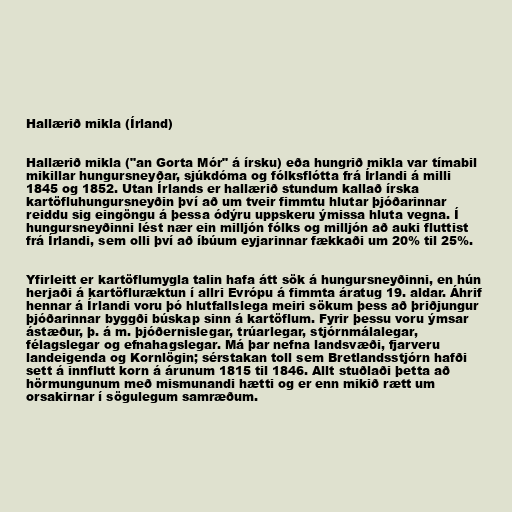
Hallærið mikla (Írland)

Hallærið mikla ("an Gorta Mór" á írsku) eða hungrið mikla var tímabil
mikillar hungursneyðar, sjúkdóma og fólksflótta frá Írlandi á milli
1845 og 1852. Utan Írlands er hallærið stundum kallað írska
kartöfluhungursneyðin því að um tveir fimmtu hlutar þjóðarinnar
reiddu sig eingöngu á þessa ódýru uppskeru ýmissa hluta vegna. Í
hungursneyðinni lést nær ein milljón fólks og milljón að auki fluttist
frá Írlandi, sem olli því að íbúum eyjarinnar fækkaði um 20% til 25%.

Yfirleitt er kartöflumygla talin hafa átt sök á hungursneyðinni, en hún
herjaði á kartöfluræktun í allri Evrópu á fimmta áratug 19. aldar. Áhrif
hennar á Írlandi voru þó hlutfallslega meiri sökum þess að þriðjungur
þjóðarinnar byggði búskap sinn á kartöflum. Fyrir þessu voru ýmsar
ástæður, þ. á m. þjóðernislegar, trúarlegar, stjórnmálalegar,
félagslegar og efnahagslegar. Má þar nefna landsvæði, fjarveru
landeigenda og Kornlögin; sérstakan toll sem Bretlandsstjórn hafði
sett á innflutt korn á árunum 1815 til 1846. Allt stuðlaði þetta að
hörmungunum með mismunandi hætti og er enn mikið rætt um
orsakirnar í sögulegum samræðum.